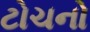
ટોચનો